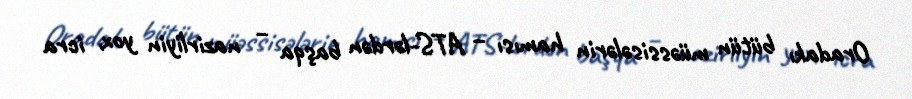
Oradakı bütün müəssisələrin hamısı – ATS-lərdən başqa – nazirliyin yox, icra